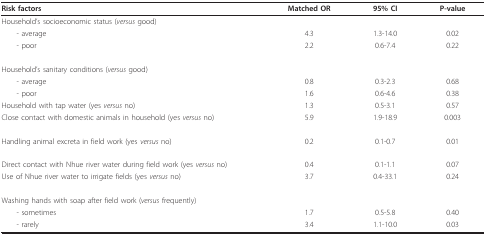
<table><thead><tr><td><b>Risk factors</b></td><td><b>Matched OR</b></td><td><b>95% CI</b></td><td><b>P-value</b></td></tr></thead><tbody><tr><td>Household&#x27;s socioeconomic status (<i>versus </i>good)</td><td></td><td></td><td></td></tr><tr><td> - average</td><td>4.3</td><td>1.3-14.0</td><td>0.02</td></tr><tr><td> - poor</td><td>2.2</td><td>0.6-7.4</td><td>0.22</td></tr><tr><td>Household&#x27;s sanitary conditions (<i>versus </i>good)</td><td></td><td></td><td></td></tr><tr><td> - average</td><td>0.8</td><td>0.3-2.3</td><td>0.68</td></tr><tr><td> - poor</td><td>1.6</td><td>0.6-4.6</td><td>0.38</td></tr><tr><td>Household with tap water (yes <i>versus </i>no)</td><td>1.3</td><td>0.5-3.1</td><td>0.57</td></tr><tr><td>Close contact with domestic animals in household (yes <i>versus </i>no)</td><td>5.9</td><td>1.9-18.9</td><td>0.003</td></tr><tr><td>Handling animal excreta in field work (yes <i>versus </i>no)</td><td>0.2</td><td>0.1-0.7</td><td>0.01</td></tr><tr><td>Direct contact with Nhue river water during field work (yes <i>versus </i>no)</td><td>0.4</td><td>0.1-1.1</td><td>0.07</td></tr><tr><td>Use of Nhue river water to irrigate fields (yes <i>versus </i>no)</td><td>3.7</td><td>0.4-33.1</td><td>0.24</td></tr><tr><td>Washing hands with soap after field work (<i>versus </i>frequently)</td><td></td><td></td><td></td></tr><tr><td> - sometimes</td><td>1.7</td><td>0.5-5.8</td><td>0.40</td></tr><tr><td> - rarely</td><td>3.4</td><td>1.1-10.0</td><td>0.03</td></tr></tbody></table>